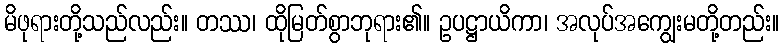
မိဖုရားတို့သည်လည်း။ တဿ၊ ထိုမြတ်စွာဘုရား၏။ ဥပဋ္ဌာယိကာ၊ အလုပ်အကျွေးမတို့တည်း။